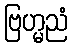
ဗြဟ္မညံ